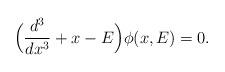
LaTeX: \begin{align*} \Bigl( \frac{d^3}{dx^3} + x-E\Bigr) \phi(x,E) =0.\end{align*}